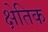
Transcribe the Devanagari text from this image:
क्षेतिक